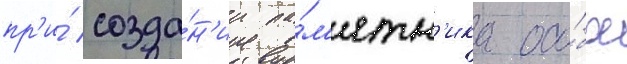
пр'и́ созда́н'ии па́м'ятн'ика осо́бое